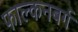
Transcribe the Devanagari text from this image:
फाल्कनबर्ग